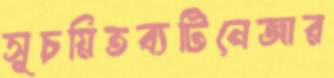
সূচয়িতব্যটিনেজার